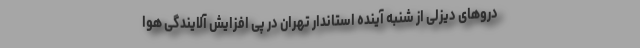
دروهای دیزلی از شنبه آینده استاندار تهران در پی افزایش آلایندگی هوا